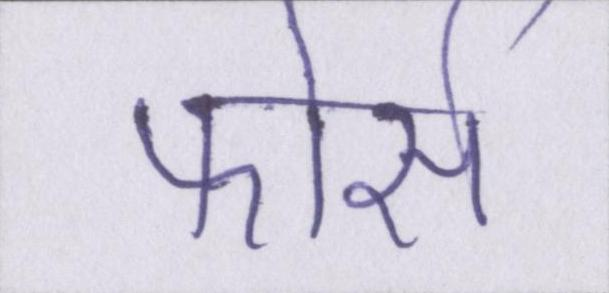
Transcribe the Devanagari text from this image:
फोर्स